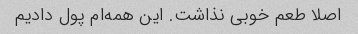
اصلا طعم خوبی نذاشت. این همه‌ام پول دادیم